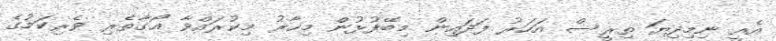
އެއީ ނިމިދިޔަ ތިރީސް އަހަރު ފަދައިން މިބޭފުޅުން މިހާރު މިކުރައްވާ އޯގާތެރި ވެރިކަމުގެ